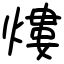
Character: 熡